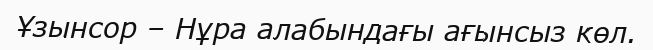
Ұзынсор – Нұра алабындағы ағынсыз көл.